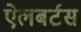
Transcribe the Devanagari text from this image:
ऐलबर्टस